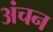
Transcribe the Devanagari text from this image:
अंचन